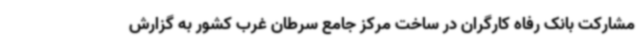
مشارکت بانک رفاه کارگران در ساخت مرکز جامع سرطان غرب کشور به گزارش